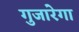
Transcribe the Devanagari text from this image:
गुजारेगा